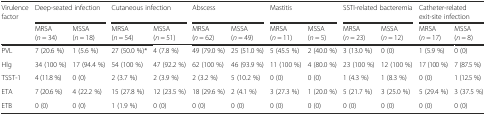
| <ROWSPAN=2> Virulence factor | <COLSPAN=2> Deep-seated infection | <COLSPAN=2> Cutaneous infection | <COLSPAN=2> Abscess | <COLSPAN=2> Mastitis | <COLSPAN=2> SSTI-related bacteremia | <COLSPAN=2> Catheter-related exit-site infection |
 | MRSA (n = 34) | MSSA (n = 18) | MRSA (n = 54) | MSSA (n = 51) | MRSA (n = 62) | MSSA (n = 49) | MRSA (n = 11) | MSSA (n = 5) | MRSA (n = 23) | MSSA (n = 12) | MRSA (n = 17) | MSSA (n = 8) |
 | --- | --- | --- | --- | --- | --- | --- | --- | --- | --- | --- | --- | --- |
 | PVL | 7 (20.6 %) | 1 (5.6 %) | 27 (50.0 %)* | 4 (7.8 %) | 49 (79.0 %) | 25 (51.0 %) | 5 (45.5 %) | 2 (40.0 %) | 3 (13.0 %) | 0 (0) | 1 (5.9 %) | 0 (0) |
 | Hlg | 34 (100 %) | 17 (94.4 %) | 54 (100 %) | 47 (92.2 %) | 62 (100 %) | 46 (93.9 %) | 11 (100 %) | 4 (80.0 %) | 23 (100 %) | 12 (100 %) | 17 (100 %) | 7 (87.5 %) |
 | TSST-1 | 4 (11.8 %) | 0 (0) | 2 (3.7 %) | 2 (3.9 %) | 2 (3.2 %) | 5 (10.2 %) | 0 (0) | 0 (0) | 1 (4.3 %) | 1 (8.3 %) | 0 (0) | 1 (12.5 %) |
 | ETA | 7 (20.6 %) | 4 (22.2 %) | 15 (27.8 %) | 12 (23.5 %) | 18 (29.6 %) | 2 (4.1 %) | 3 (27.3 %) | 1 (20.0 %) | 5 (21.7 %) | 3 (25.0 %) | 5 (29.4 %) | 3 (37.5 %) |
 | ETB | 0 (0) | 0 (0) | 1 (1.9 %) | 0 (0) | 0 (0) | 0 (0) | 0 (0) | 0 (0) | 0 (0) | 0 (0) | 0 (0) | 0 (0) |